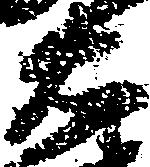
右